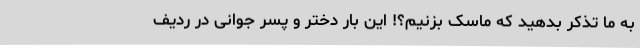
به ما تذکر بدهید که ماسک بزنیم؟! این بار دختر و پسر جوانی در ردیف